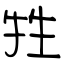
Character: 牲